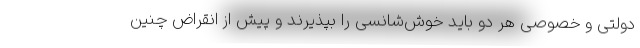
دولتی و خصوصی هر دو باید خوش‌شانسی را بپذیرند و پیش از انقراض چنین